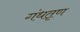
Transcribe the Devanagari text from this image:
गंधतृण